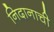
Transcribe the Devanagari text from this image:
निदानाची